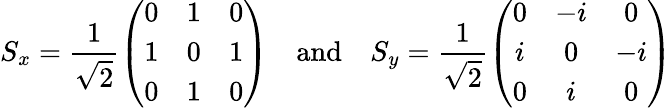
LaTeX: S_{x}=\frac{1}{\sqrt{2}}\left(\begin{array}{ccc}{0}&{1}&{0}\\ {1}&{0}&{1}\\ {0}&{1}&{0}\end{array}\right)\quad\mathrm{and}\quad S_{y}=\frac{1}{\sqrt{2}}\left(\begin{array}{ccc}{0}&{-i}&{0}\\ {i}&{0}&{-i}\\ {0}&{i}&{0}\end{array}\right)